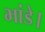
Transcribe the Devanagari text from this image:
भांडे।